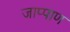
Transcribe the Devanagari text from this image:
जाप्पाण